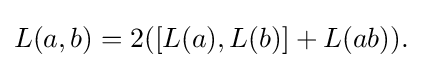
\displaystyle {L(a,b)=2([L(a),L(b)]+L(ab)).}